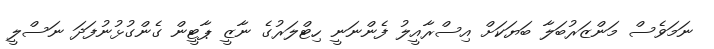
ނަމަވެސް މަންޒަރުބަލާ ބަޔަކަށް އިސްރާއީލު ފެންނަނީ ހިޓްލަރުގެ ނާޒީ ޕާޓީން ގެންގުޅުނުފަދަ ނަސްލީ